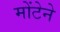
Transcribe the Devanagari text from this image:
मोंटेने